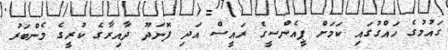
ގައުމުގެ ހައްގުގައި ކަމަށް ޕީއެންސީގެ ރައީސް އަދި ފޮނަދޫ ދާއިރާގެ ކުރީގެ މެންބަރު